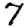
Digit: 7